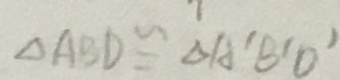
\Delta A B D \cong \Delta A ^ { \prime } B ^ { \prime } D ^ { \prime }